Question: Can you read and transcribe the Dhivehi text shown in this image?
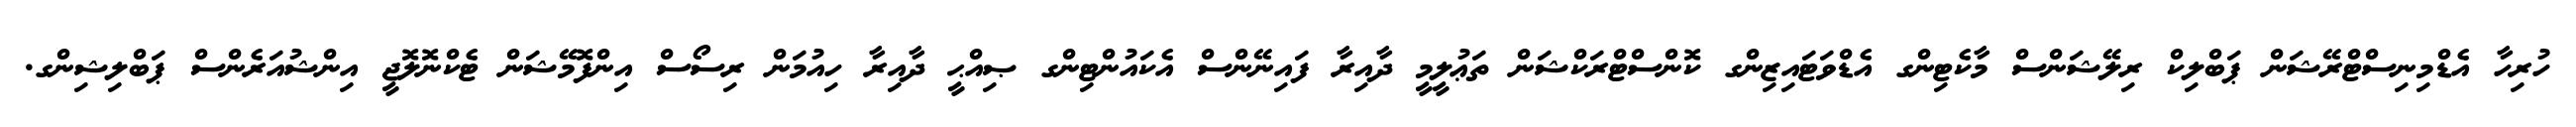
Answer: ހުރިހާ އެޑްމިނިސްޓްރޭޝަން ޕަބްލިކް ރިލޭޝަންސް މާކެޓިންގ އެޑްވަޓައިޒިންގ ކޮންސްޓްރަކްޝަން ތަޢުލީމީ ދާއިރާ ފައިނޭންސް އެކައުންޓިންގ ޞިއްޙީ ދާއިރާ ހިއުމަން ރިސޯސް އިންފޮމޭޝަން ޓެކްނޮލޮޖީ އިންޝުއަރެންސް ޕަބްލިޝިންގ.